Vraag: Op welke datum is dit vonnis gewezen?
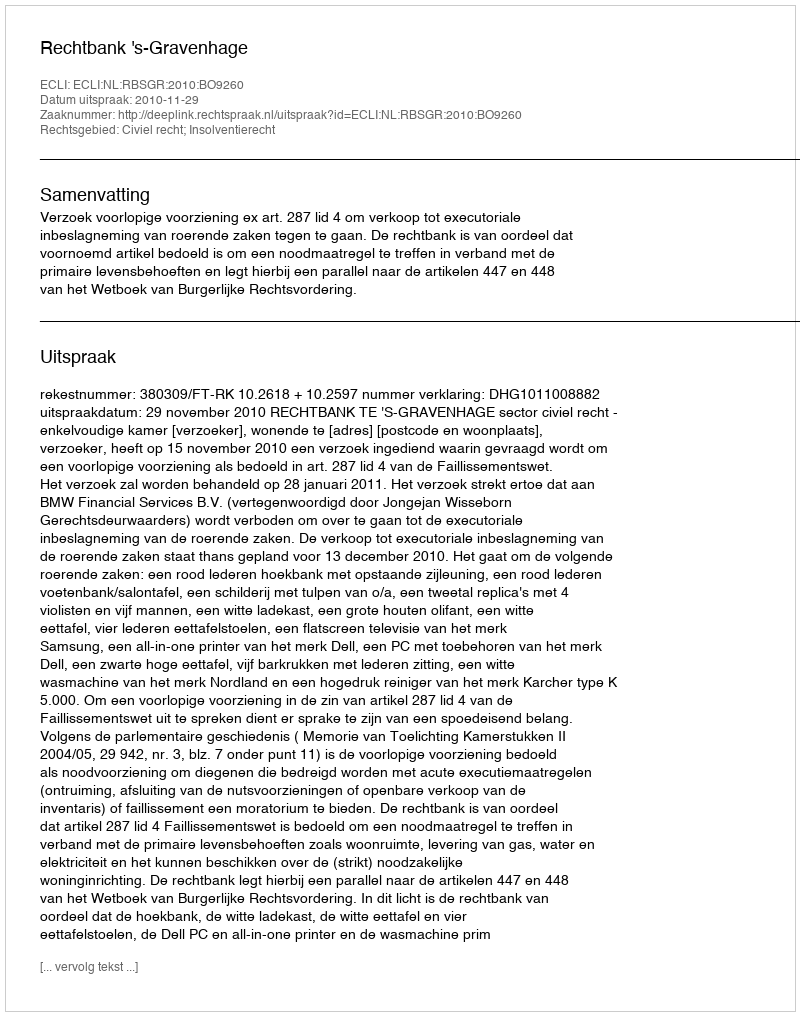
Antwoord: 2010-11-29